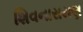
શિવનારાયણ